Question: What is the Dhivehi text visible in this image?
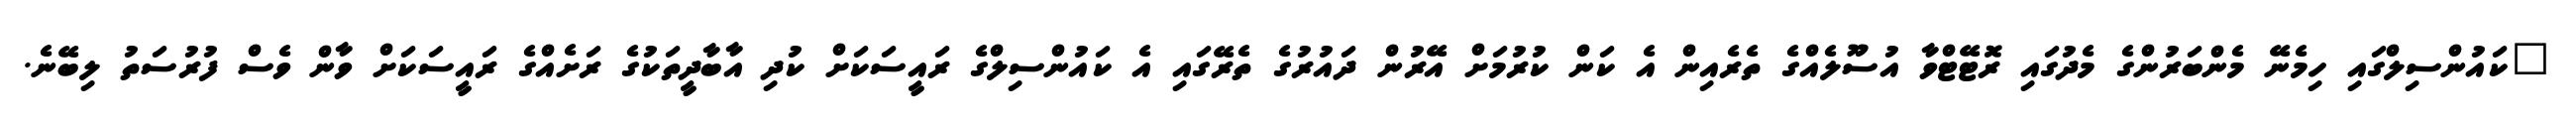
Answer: "ކައުންސިލްގައި ހިމެނޭ މެންބަރުންގެ މެދުގައި ރޮޓޭޓްވާ އުސޫލެއްގެ ތެރެއިން އެ ކަން ކުރުމަށް އޭރުން ދައުރުގެ ތެރޭގައި އެ ކައުންސިލްގެ ރައީސަކަށް ކުދި އާބާދީތަކުގެ ރަށެއްގެ ރައީސަކަށް ވާން ވެސް ފުރުސަތު ލިބޭނެ.